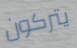
يتركون